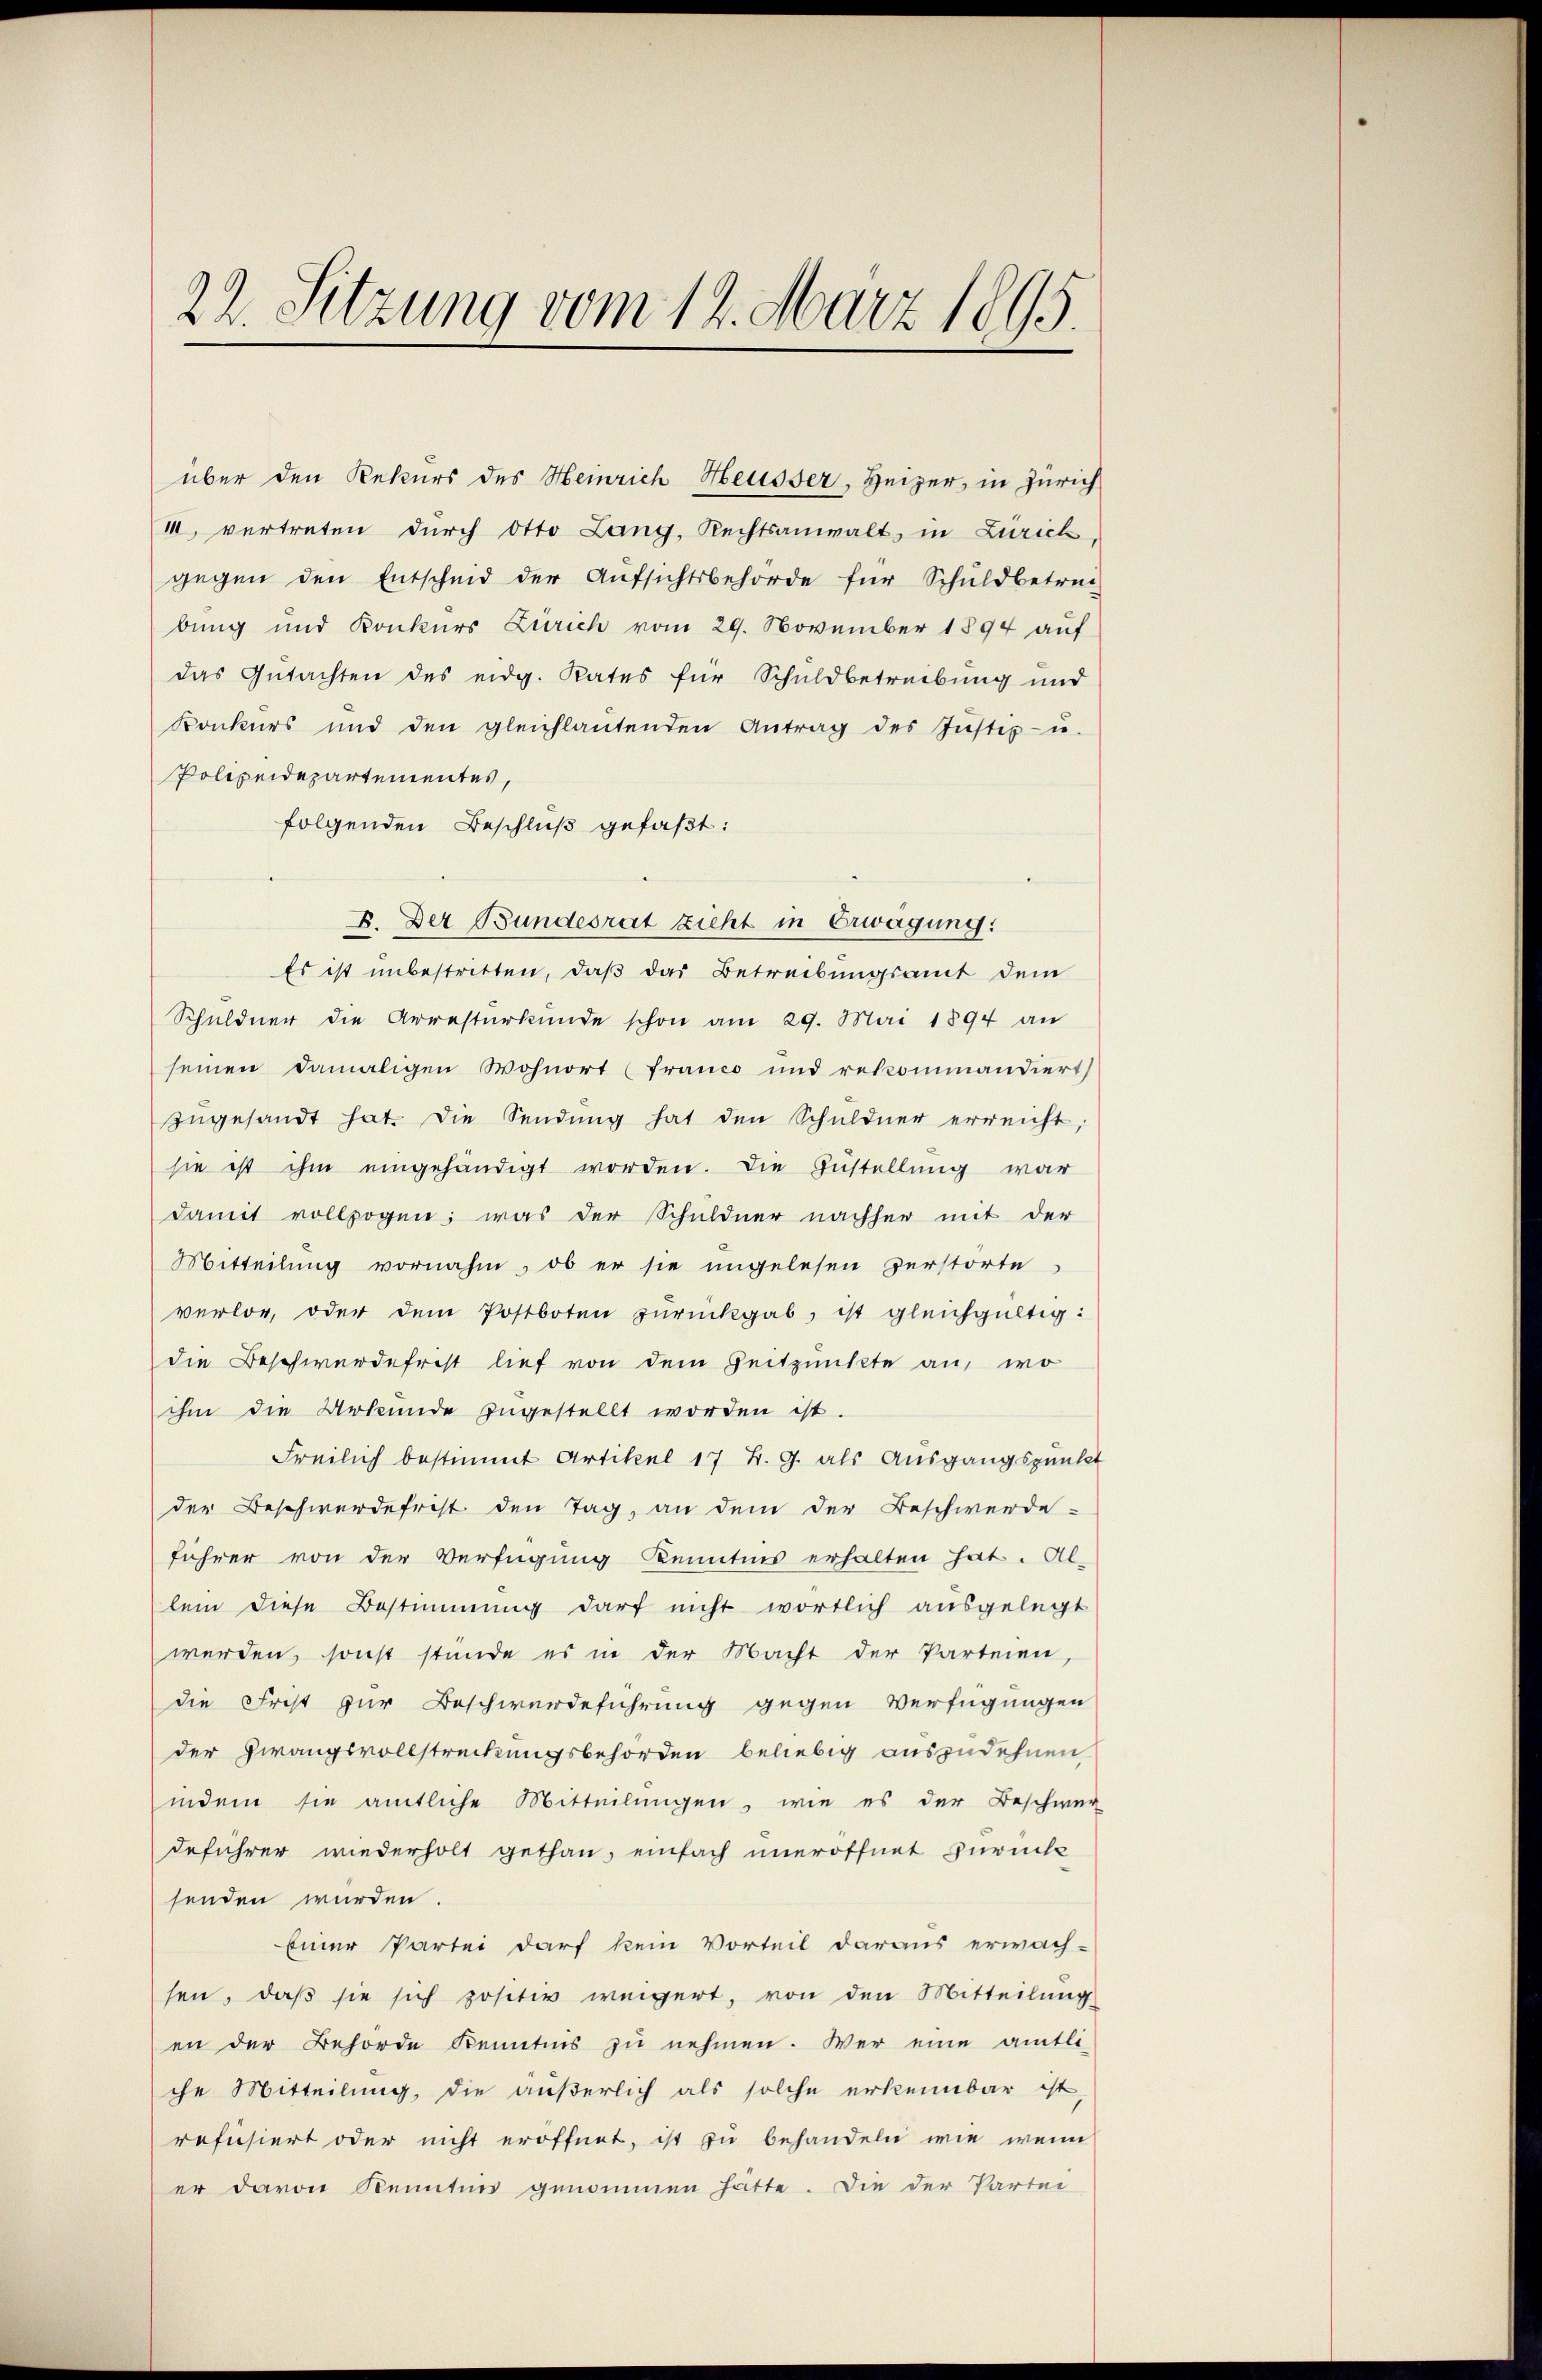
22. Sitzung vom 12. März 1895.

über den Rekurs des Heinrich Heusser, Heizer, in Zürich
1, vertreten dŭrch Otto Lang, Rechtsanwalt, in Zürich,
gegen den Entscheid der Aŭfsichtsbehörde für Schuldbetrei-
bung und Konkurs Zürich vom 29. November 1894 auf
das Gutachten des eidg. Rates für Schuldbetreibung und
Konkurs und den gleichlantenden Antrag des Jŭstiz- u.
Polizeidepartementes,
folgenden Beschluß gefaßt:
B. Der Bundesrat zieht in Erwägung:
Es ist unbestritten, daß das Betreibungsamt dem
Schuldner die Arrestŭrkŭnde schon am 29. Mai 1894 an
seinen damaligen Wohnort (Franco und rekommandiert
zŭgesandt hat. Die Sendung hat den Schuldner erreicht,
sie ist ihm eingehändigt worden. Die Zustellung war
damit vollzogene; was der Schuldner nachher mit der
Mitteilung vornahm, ob er sie angelesen zerstorte
verlor, oder dem Postboten zŭrückgab, ist gleichgültig:
die Beschwerdefrist lief von dem Zeitpunkte an, wo
ihm die Urkunde zugestellt worden ist.
Freilich bestimmt Artikel 17 B. G. als Ausgangspunkt
der Beschwerdefrist den Tag, an dem der Beschwerde-
führer von der Verfügung Kenntnis erhalten hat. Al-
lein diese Bestimmung darf nicht wortlich ausgelegt
werden, sonst stunde es in der Macht der Parteien,
die Frist zur Beschwerdeführung gegen Verfügungen
der Zwangsvollstreckungsbehörden beliebig auszudehnen
indem sie amtliche Mitteilungen, wie es der Beschwer
deführer wiederholt gethan, einfach uneröffnet zurück
senden wurden
Einer Partei darf kein Vorteil daraus erwach-
sen, daβ sie sich positiv weigert, von den Mitteilŭng
en der Behörde Kenntnis zu nehmen. Wer eine amtli-
che Mitteilung, die äußerlich als solche erkennbar ist,
refüsiert oder nicht eröffnet, ist zu behandeln wie wenn
er davon Kenntnis genommen hatte. Die der Partei